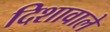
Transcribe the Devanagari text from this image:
दिशावाले